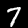
Digit: 7